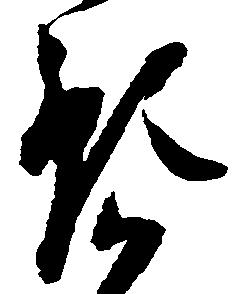
預